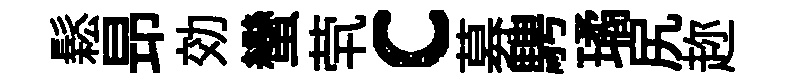
鬆昻効蠻茕c募騁璚尻趂